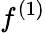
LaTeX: f^{(1)}